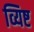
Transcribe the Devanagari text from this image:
व्यिष्ट